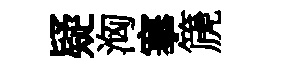
疑洶搴篪